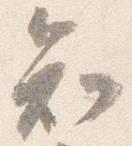
知